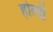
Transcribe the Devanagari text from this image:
होत्ली